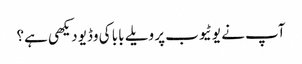
آپ نے یوٹیوب پر ویلے بابا کی وڈیو دیکھی ہے؟